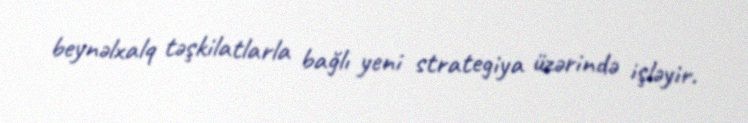
beynəlxalq təşkilatlarla bağlı yeni strategiya üzərində işləyir.